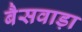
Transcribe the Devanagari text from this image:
बैसवाड़ा